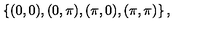
\left\{ ( 0 , 0 ) , ( 0 , \pi ) , ( \pi , 0 ) , ( \pi , \pi ) \right\} ,